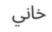
خاني